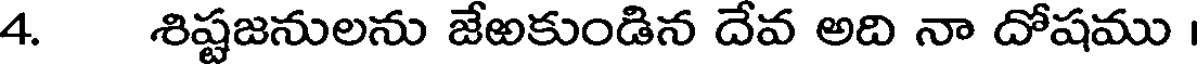
4. శిష్టజనులను జేఱకుండిన దేవ అది నా దోషము